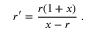
r ^ { \prime } = \frac { r ( 1 + x ) } { x - r } \; .